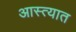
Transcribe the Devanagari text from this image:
आस्त्यात